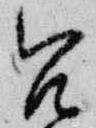
召